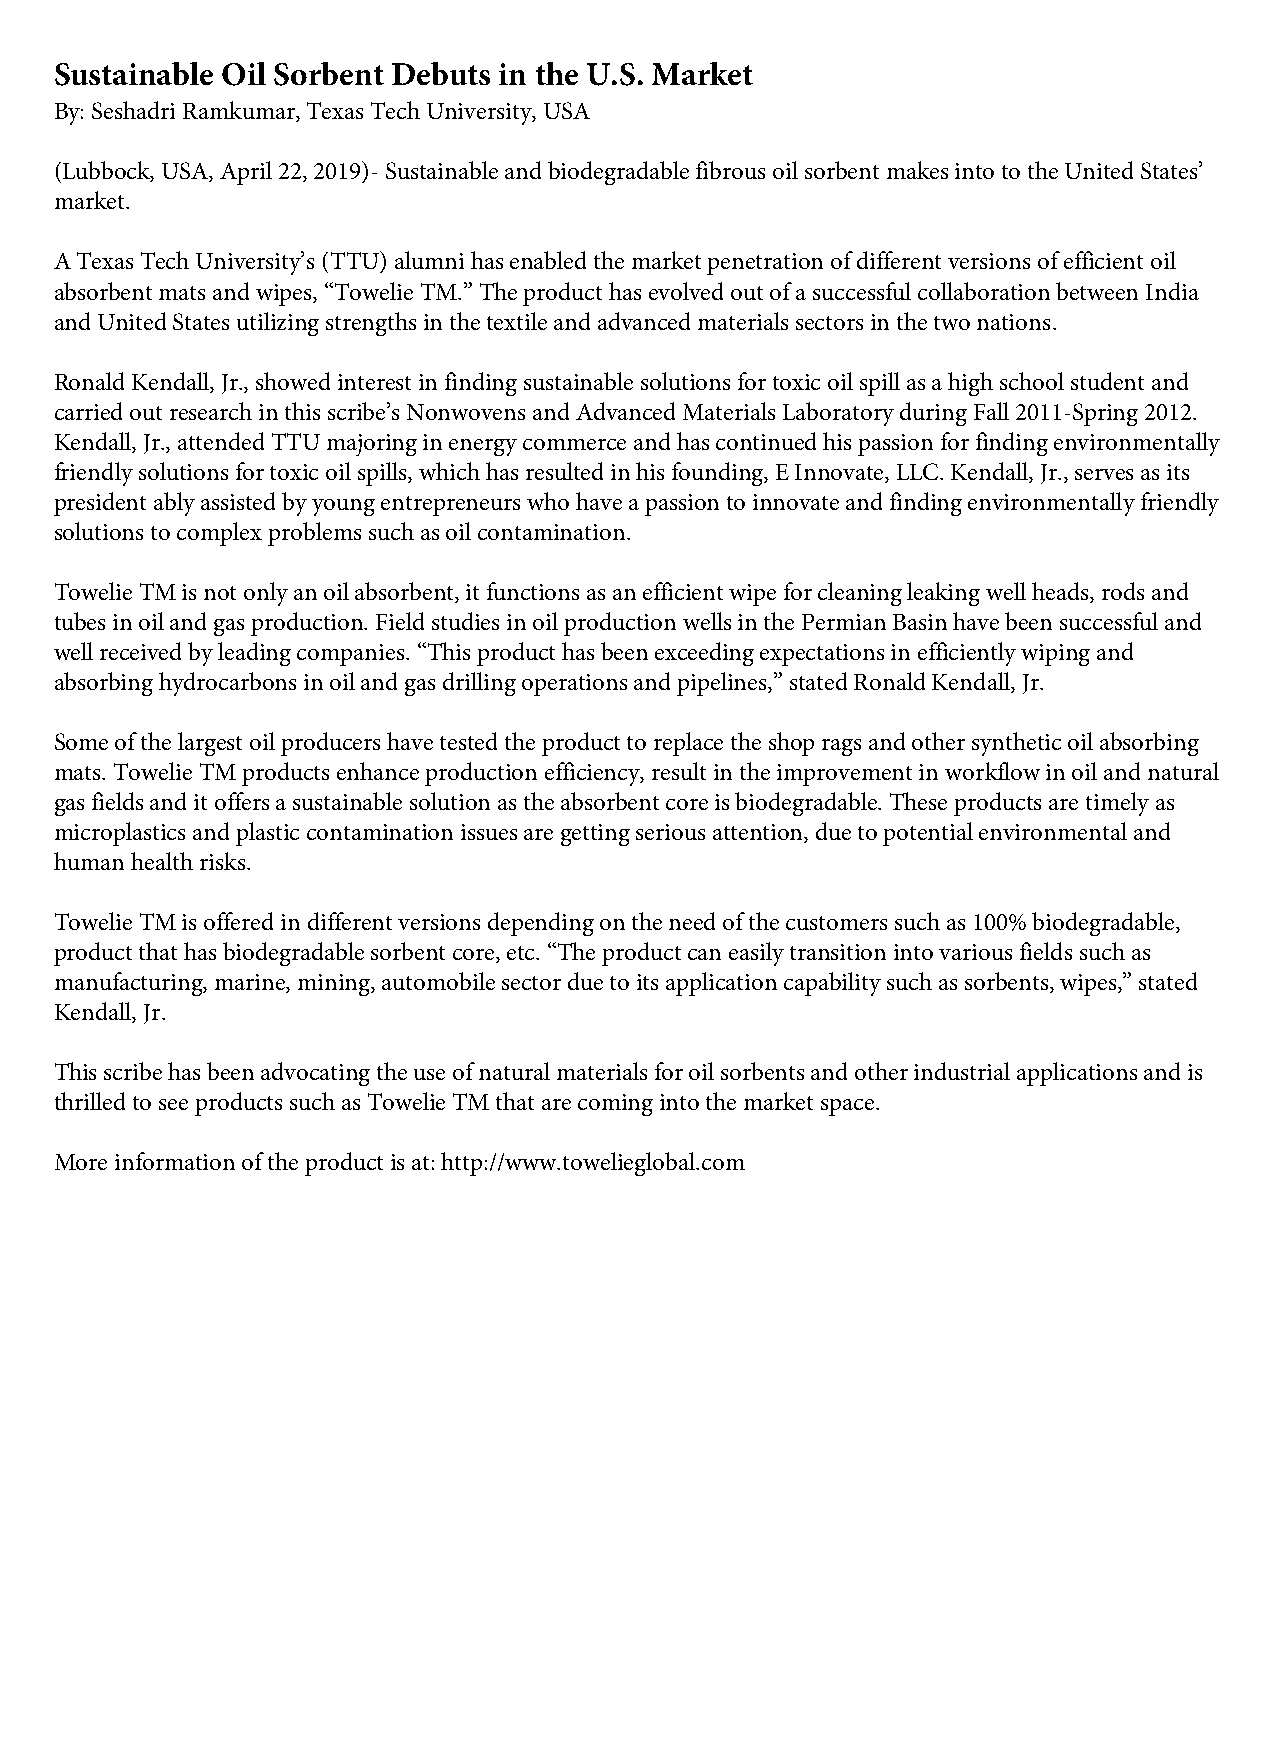
Sustainable Oil Sorbent Debuts in the U.S. Market
 By: Seshadri Ramkumar, Texas Tech University, USA
 (Lubbock, USA, April 22, 2019)- Sustainable and biodegradable fibrous oil sorbent makes into to the United States’
 market.
 A Texas Tech University’s (TTU) alumni has enabled the market penetration of different versions of efficient oil
 absorbent mats and wipes, “Towelie TM.” The product has evolved out of a successful collaboration between India
 and United States utilizing strengths in the textile and advanced materials sectors in the two nations.
 Ronald Kendall, Jr., showed interest in finding sustainable solutions for toxic oil spill as a high school student and
 carried out research in this scribe’s Nonwovens and Advanced Materials Laboratory during Fall 2011-Spring 2012.
 Kendall, Jr., attended TTU majoring in energy commerce and has continued his passion for finding environmentally
 friendly solutions for toxic oil spills, which has resulted in his founding, E Innovate, LLC. Kendall, Jr., serves as its
 president ably assisted by young entrepreneurs who have a passion to innovate and finding environmentally friendly
 solutions to complex problems such as oil contamination.
 Towelie TM is not only an oil absorbent, it functions as an efficient wipe for cleaning leaking well heads, rods and
 tubes in oil and gas production. Field studies in oil production wells in the Permian Basin have been successful and
 well received by leading companies. “This product has been exceeding expectations in efficiently wiping and
 absorbing hydrocarbons in oil and gas drilling operations and pipelines,” stated Ronald Kendall, Jr.
 Some of the largest oil producers have tested the product to replace the shop rags and other synthetic oil absorbing
 mats. Towelie TM products enhance production efficiency, result in the improvement in workflow in oil and natural
 gas fields and it offers a sustainable solution as the absorbent core is biodegradable. These products are timely as
 microplastics and plastic contamination issues are getting serious attention, due to potential environmental and
 human health risks.
 Towelie TM is offered in different versions depending on the need of the customers such as 100% biodegradable,
 product that has biodegradable sorbent core, etc. “The product can easily transition into various fields such as
 manufacturing, marine, mining, automobile sector due to its application capability such as sorbents, wipes,” stated
 Kendall, Jr.
 This scribe has been advocating the use of natural materials for oil sorbents and other industrial applications and is
 thrilled to see products such as Towelie TM that are coming into the market space.
 More information of the product is at: http://www.towelieglobal.com